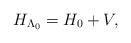
LaTeX: \begin{align*}H_{\Lambda_0} = H_{\rm 0} + V ,\end{align*}